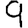
Digit: 9